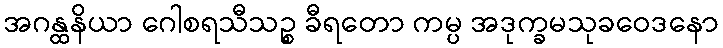
အဂန္ထနိယာ ဂေါစရသီသဉ္စ ခီရတော ကမ္ပ အဒုက္ခမသုခဝေဒနော